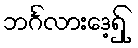
ဘင်္ဂလားဒေ့ရ်ှ